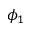
\phi _ { 1 }